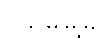
ပုသိမ်မြို့မှ